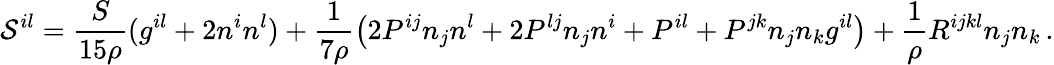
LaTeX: {\cal{S}}^{il}=\frac{S}{15\rho}(g^{il}+2n^{i}n^{l})+\frac 1{7\rho}\left(2P^{ij}n_{j}n^{l}+2P^{lj}n_{j}n^{i}+P^{il}+P^{jk}n_{j}n_{k}g^{il}\right)+\frac 1\rho R^{ijkl}n_{j}n_{k}\, .